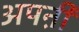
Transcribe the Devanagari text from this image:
अपऩी